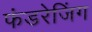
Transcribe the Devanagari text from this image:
फंडरेजिंग